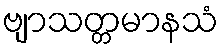
ဗျာသတ္တမာနသံ